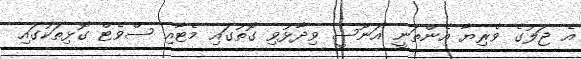
އެ ޖަލުގެ ވެރިޔާ އެންތަނީ އަނޫސީ ވިދާޅުވި ގޮތުގައި މެޓާއި ސްވެޓް ގޮޅިތަކުގައި